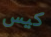
كيس